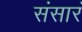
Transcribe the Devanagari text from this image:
संसारं